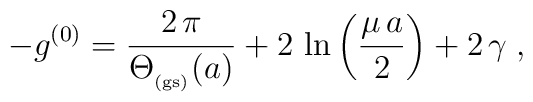
- g^{(0)}=\frac{2 \, \pi}{ \Theta_{_{\rm (gs)}} (a) } +2 \, \ln \left( \frac{\mu \, a}{2} \right)+ 2 \, \gamma\;  ,